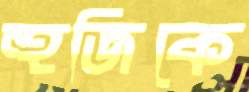
হুজিকে